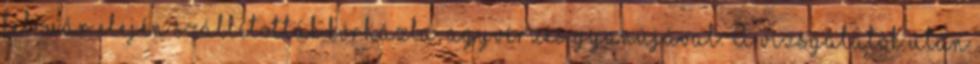
február elején szállították kórházba, agyvérzés gyanújával. A vizsgálatok után